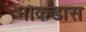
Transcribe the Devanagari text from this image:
माकडास